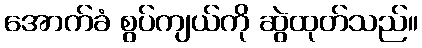
အောက်ခံ စွပ်ကျယ်ကို ဆွဲထုတ်သည်။